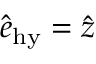
\hat { \boldsymbol { e } } _ { \mathrm { h y } } = \hat { \boldsymbol { z } }